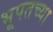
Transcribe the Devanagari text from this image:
भूपतच्या